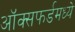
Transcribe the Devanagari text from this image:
ऑक्सफर्डमध्ये